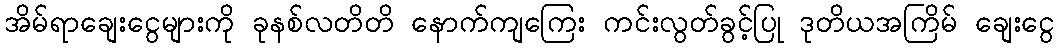
အိမ်ရာချေးငွေများကို ခုနစ်လတိတိ နောက်ကျကြေး ကင်းလွတ်ခွင့်ပြု ဒုတိယအကြိမ် ချေးငွေ